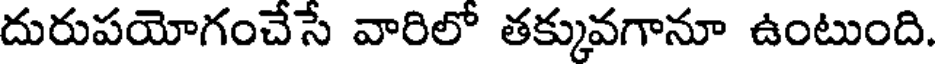
దురుపయోగంచేసే వారిలో తక్కువగానూ ఉంటుంది.